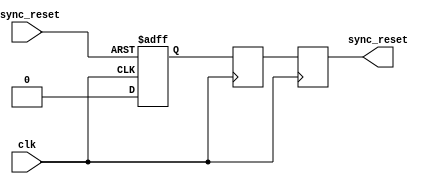
module async_reset_synchronizer (
    input wire async_reset,  // Asynchronous reset input
    input wire clk,          // Clock input
    output reg sync_reset    // Synchronized reset output
);

    // Internal signals for synchronizer flip-flops
    reg ff1, ff2;

    // Asynchronous reset logic
    always @(posedge clk or posedge async_reset) begin
        if (async_reset) begin
            ff1 <= 1'b1;  // Assert the first flip-flop on async reset
        end else begin
            ff1 <= 1'b0;  // Deassert the first flip-flop
        end
    end

    // Second flip-flop for further synchronization
    always @(posedge clk) begin
        ff2 <= ff1;  // Sample the output of the first flip-flop
    end

    // Final synchronized reset output
    always @(posedge clk) begin
        sync_reset <= ff2;  // Output the synchronized reset signal
    end

endmodule